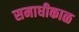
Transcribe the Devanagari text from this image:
समाधीकाळ